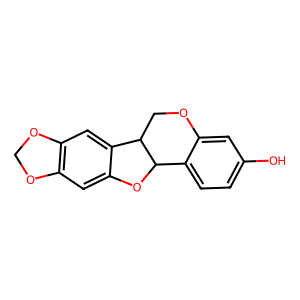
SMILES: Oc1ccc2c(c1)OCC1c3cc4c(cc3OC21)OCO4
Inhibits HIV replication: No